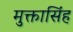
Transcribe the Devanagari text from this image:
मुक्तासिंह